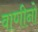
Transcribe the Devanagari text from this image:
वाणीनो